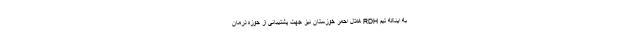
به اینکه تیم RDH هلال احمر خوزستان نیز جهت پشتیبانی از حوزه درمان